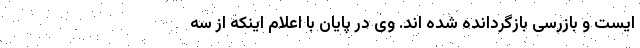
ایست و بازرسی بازگردانده شده اند. وی در پایان با اعلام اینکه از سه